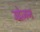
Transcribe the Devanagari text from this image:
उद्वेजन